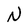
Character: N